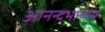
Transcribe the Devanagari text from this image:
आनन्दभाष्यम्